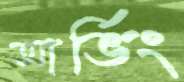
আর্ভিং